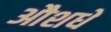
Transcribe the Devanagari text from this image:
औशधे